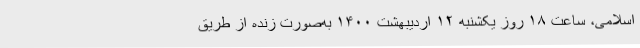
اسلامی، ساعت ۱۸ روز یکشنبه ۱۲ اردیبهشت ۱۴۰۰ به‌صورت زنده از طریق